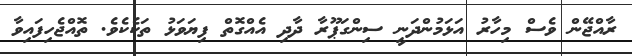
ރާއްޖޭން ވެސް މިހާރު އަޅަމުންދަނީ ސިންގަޕޫރާ ދާދި އެއްގޮތް ފިޔަވަޅު ތަކެކެވެ. ތޮއްޖެހިފައިވާ